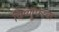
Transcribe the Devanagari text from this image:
विष्णुपरक